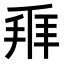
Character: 𬼐